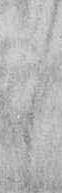
し